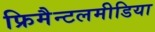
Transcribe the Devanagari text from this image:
फ्रिमैन्टलमीडिया